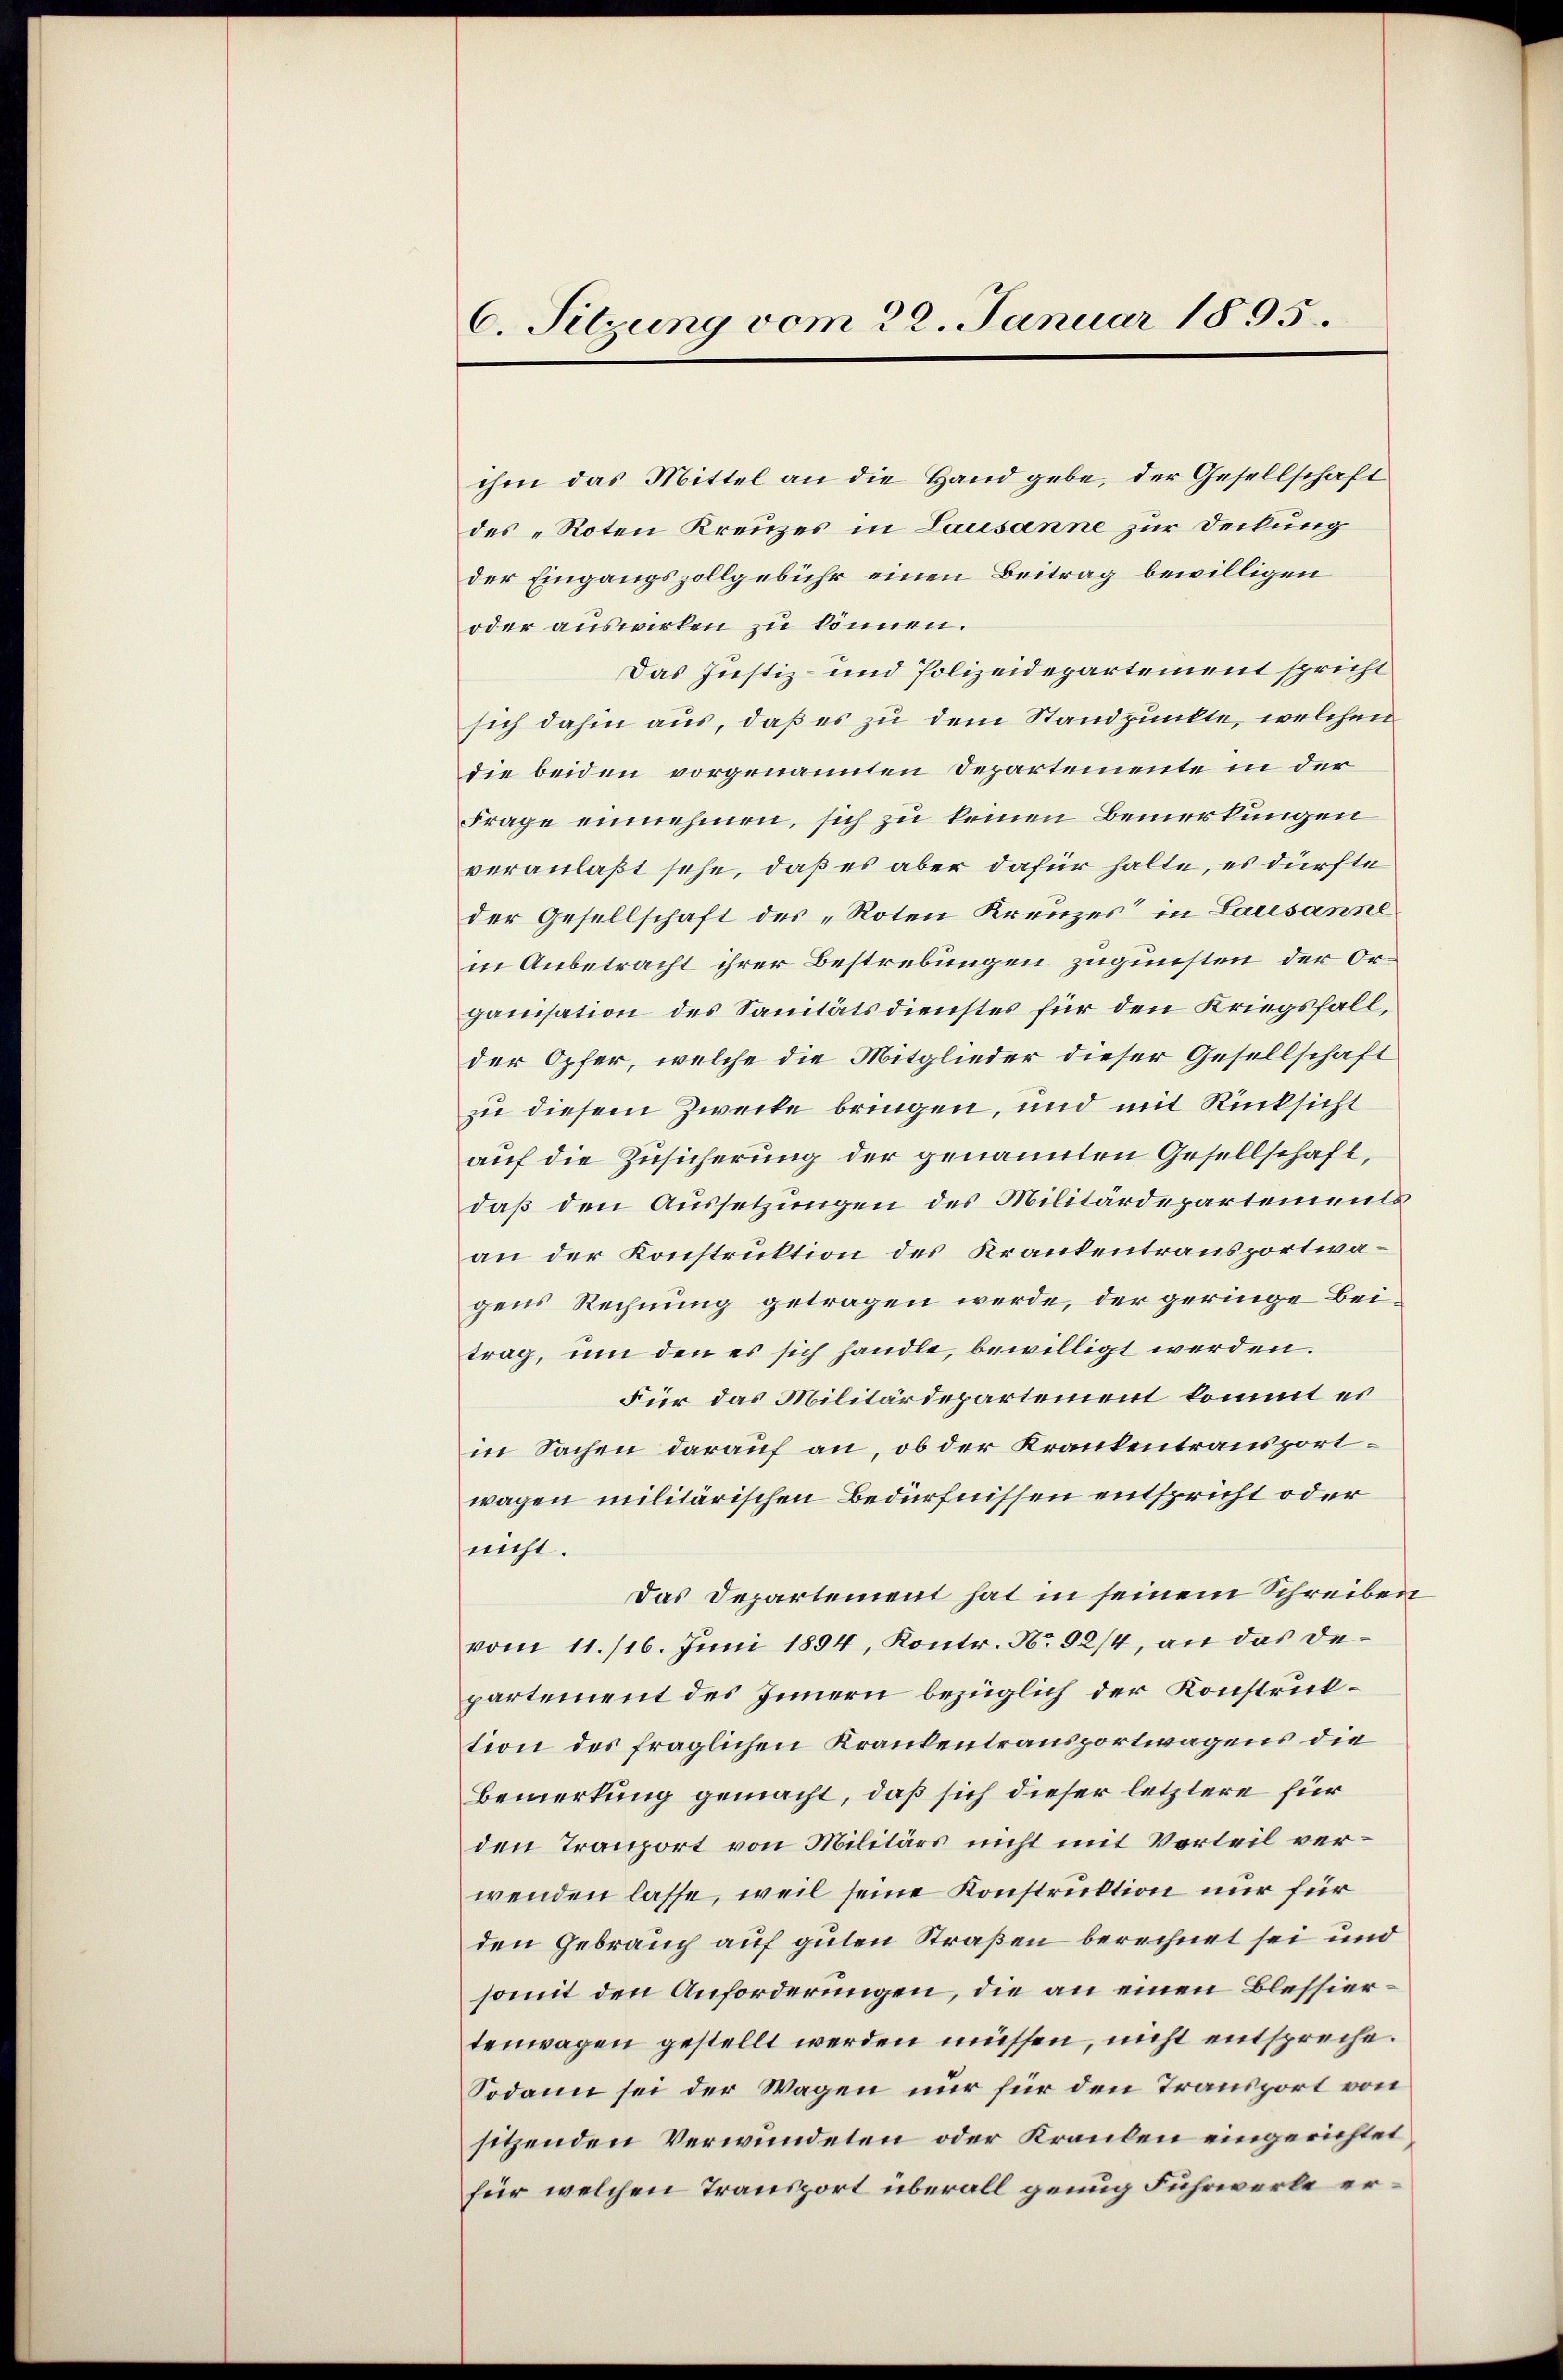
C. Sitzung vom 22. Januar 1895.

ihm das Mittel an die Hand gebe, der Gesellschaft
des „Roten Kreuzes in Lausanne zur Deckung
der Eingangszollgebühr einen Beitrag bewilligen
oder auswirken zu können.
Das Justiz- und Polizeidepartement spricht
sich dahin aus, daß es zu dem Standpunkte, welchen
die beiden vorgenannten Departemente in der
Frage einnehmen, sich zu keinen Bemerkungen
veranlaßt sehe, daß es aber dafür halte, es dürfte
der Gesellschaft des „Roten Kreuzes“ in Lausanne
in Anbetracht ihrer Bestrebungen zugunsten der Organisation des Sanitätsdienstes für den Kriegsfall,
der Opfer, welche die Mitglieder dieser Gesellschaft
zu diesem Zwecke bringen, und mit Rücksicht
auf die Zusicherung der genannten Gesellschaft,
daß den Aussetzungen des Militärdepartements
an der Konstruktion des Krankentransportwagens Rechnung getragen werde, der geringe Beitrag, um den es sich handle, bewilligt werden.
Für das Militärdepartement kommt es
in Sachen darauf an, ob der Krankentransportwagen militärischen Bedürfnissen entspricht oder
nicht.
Das Departement hat in seinem Schreiben
vom 11. /16. Juni 1894, Kontr. No 92/4, an das departement des Innern bezüglich der Konstruktion des fraglichen Krankentransportwagens die
Bemerkung gemacht, daß sich dieser letztere für
den Tranport von Militärs nicht mit Vorteil verwenden lasse, weil seine Konstruktion nur für
den Gebrauch auf guten Straßen berechnet sei und
somit den Anforderungen, die an einen Blessiertenwagen gestellt werden müssen, nicht entspreche.
Sodann sei der Wagen nur für den Transport von
sitzenden Verwundeten oder Kranken eingerichtet
für welchen Transport überall genug Fuhrwerke er¬